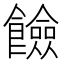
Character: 𩟅